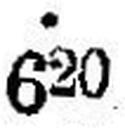
620